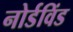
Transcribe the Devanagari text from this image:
नोर्डविंड